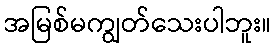
အမြစ်မကျွတ်သေးပါဘူး။